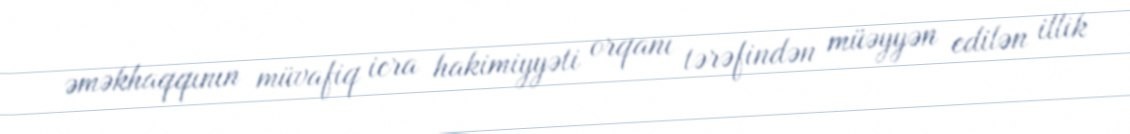
əməkhaqqının müvafiq icra hakimiyyəti orqanı tərəfindən müəyyən edilən illik